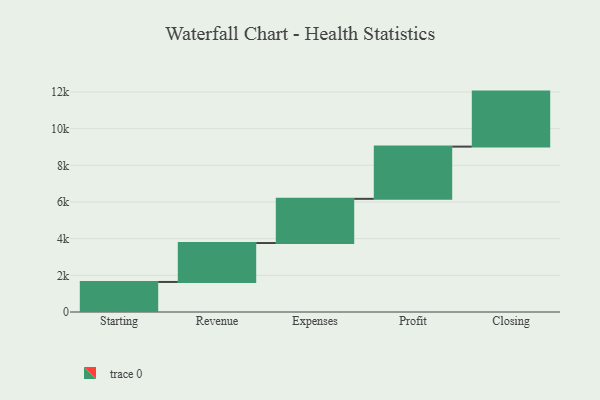
{"axis": {"x": "Step", "y": "Value"}, "legend": [""], "data": [{"x": "Starting", "y": 1638.0, "type": ""}, {"x": "Revenue", "y": 2123.0, "type": ""}, {"x": "Expenses", "y": 2410.0, "type": ""}, {"x": "Profit", "y": 2848.0, "type": ""}, {"x": "Closing", "y": 3000, "type": ""}]}